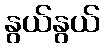
နွယ်နွယ်